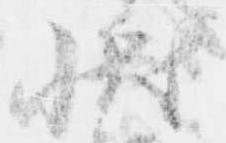
状